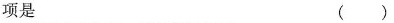
项是 ( )